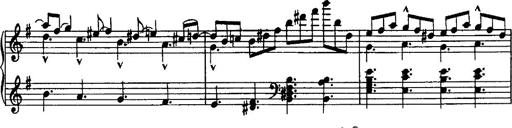
Title: Rondo di bravura
Composer: Franz Liszt